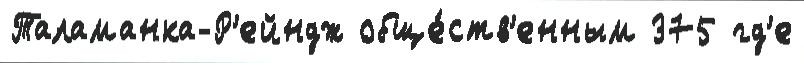
Таламанка-Р'ейндж обще́ств'енным 375 гд'е